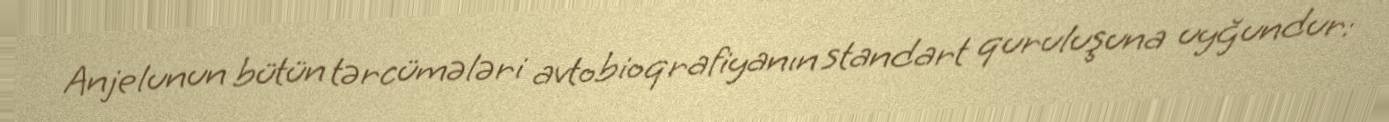
Anjelunun bütün tərcümələri avtobioqrafiyanın standart quruluşuna uyğundur: